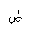
Letter: _dad